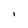
Character: I